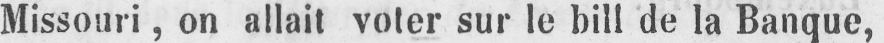
Missouri, on allait voter sur le bill de la Banque,